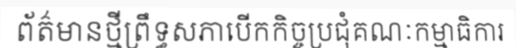
ព័ត៌មានថ្មីព្រឹទ្ធសភាបើកកិច្ចប្រជុំគណៈកម្មាធិការ